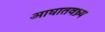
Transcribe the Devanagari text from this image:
आघातवध्र्य